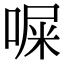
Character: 𪡨